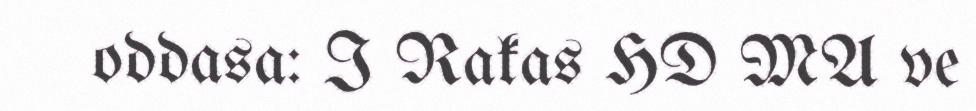
oddasa: I Rakas HD MA ve